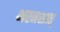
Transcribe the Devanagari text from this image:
भस्मसात्